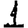
Digit: 1